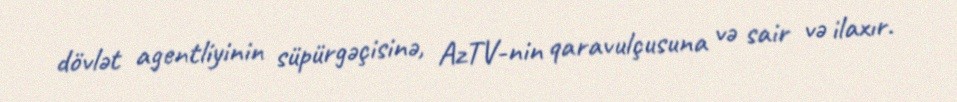
dövlət agentliyinin süpürgəçisinə, AzTV-nin qaravulçusuna və sair və ilaxır.